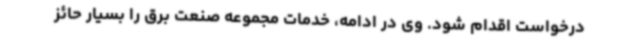
درخواست اقدام شود. وی در ادامه، خدمات مجموعه صنعت برق را بسیار حائز